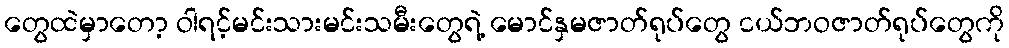
တွေထဲမှာတော့ ဝါရင့်မင်းသားမင်းသမီးတွေရဲ့ မောင်နှမဇာတ်ရုပ်တွေ ငယ်ဘဝဇာတ်ရုပ်တွေကို